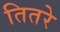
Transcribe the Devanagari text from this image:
तितरे